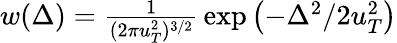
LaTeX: \begin{array}{r}{w(\Delta)={\frac{1}{(2\pi u_{T}^{2})^{3/2}}}\exp\left(-{\Delta^{2}/2u_{T}^{2}}\right)}\end{array}